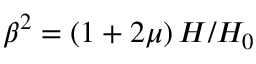
\beta ^ { 2 } = \left( 1 + 2 \mu \right) H / H _ { 0 } \;